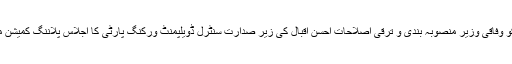
منگل کو وفاقی وزیر منصوبہ بندی و ترقی اصلاحات احسن اقبال کی زیر صدارت سنٹرل ڈویلپمنٹ ورکنگ پارٹی کا اجلاس پلاننگ کمیشن میں ہوا۔